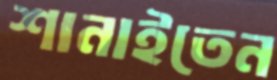
শানাইতেন